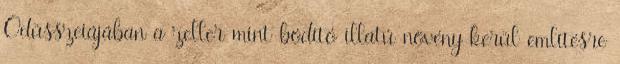
Odüsszeiájában a zeller mint bódító illatú növény kerül említésre